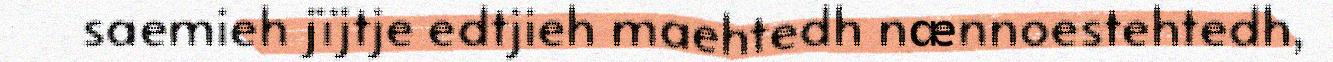
saemieh jïjtje edtjieh maehtedh nænnoestehtedh,